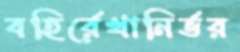
বহির্রেখানির্ভর